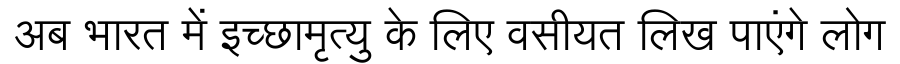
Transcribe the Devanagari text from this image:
अब भारत में इच्छामृत्यु के लिए वसीयत लिख पाएंगे लोग